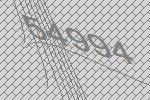
54994